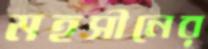
মহসীনের